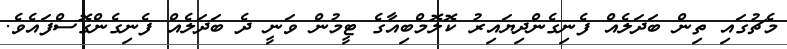
މެޗުގައި ތިން ބަދަލެއް ފެނިގެންދިޔައިރު ކޮލޮމްބިއާގެ ޓީމުން ވަނީ ދެ ބަދަލެއް ފެނިގެންގޮސްފައެވެ.